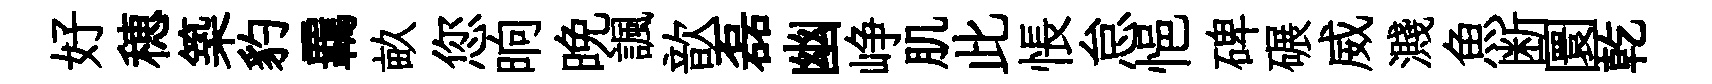
好穂築豹覊畝您晌晚諷歆磊幽峥肌此悵怠悒碑碾威濺魚断圜乾